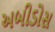
અબીડોસ